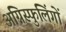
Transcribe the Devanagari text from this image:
अग्निस्फुलिंगों